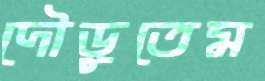
দৌড়ুতেম